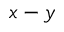
x - y